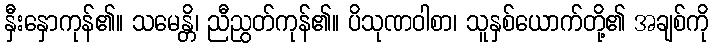
နှီးနှောကုန်၏။ သမေန္တိ၊ ညီညွတ်ကုန်၏။ ပိသုဏဝါစာ၊ သူနှစ်ယောက်တို့၏ အချစ်ကို